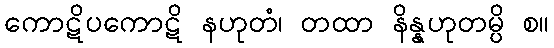
ကောဋိပကောဋိ နဟုတံ၊ တထာ နိန္နဟုတမ္ပိ စ။